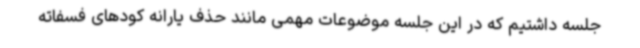
جلسه داشتیم که در این جلسه موضوعات مهمی مانند حذف یارانه کودهای فسفاته